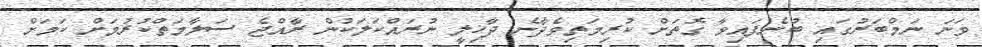
ވަނަ ނަމްބަރުގައި ބުނެފައިވާ ގޮތަށް ކުރިމަތިވެދާނެ ދާޚިލީ ނުރައްކަލަކުން ރާއްޖެ ސަލާމަތްކުރުމަށް ކަމަށް